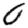
Digit: 0